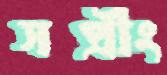
সপ্রীং